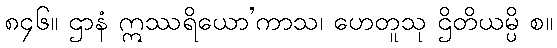
၈၄၆။ ဌာနံ ဣဿရိယော’ကာသ၊ ဟေတူသု ဌိတိယမ္ပိ စ။